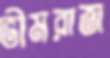
ভীমরাজ